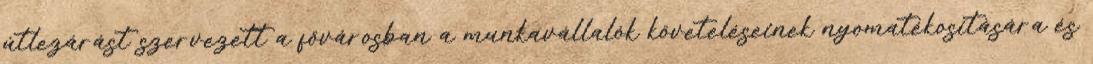
útlezárást szervezett a fővárosban a munkavállalók követeléseinek nyomatékosítására és